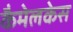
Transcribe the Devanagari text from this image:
कैमेलकेस